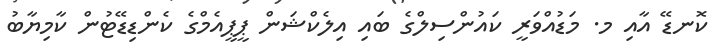
ކޮނޑޭ އާއި މ. މަޑުއްވަރީ ކައުންސިލްގެ ބައި އިލެކްޝަން ޕީޕީއެމްގެ ކެންޑިޑޭޓުން ކާމިޔާބު